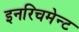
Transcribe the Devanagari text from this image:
इनरिचमेन्ट